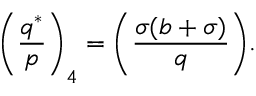
{ \Bigg ( } { \frac { q ^ { * } } { p } } { \Bigg ) } _ { 4 } = { \Bigg ( } { \frac { \sigma ( b + \sigma ) } { q } } { \Bigg ) } .